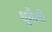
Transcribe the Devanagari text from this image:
धुमैली